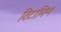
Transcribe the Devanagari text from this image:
विटामिण